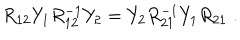
R _ { 1 2 } Y _ { 1 } R _ { 1 2 } ^ { - 1 } Y _ { 2 } = Y _ { 2 } R _ { 2 1 } ^ { - 1 } Y _ { 1 } R _ { 2 1 } \; .